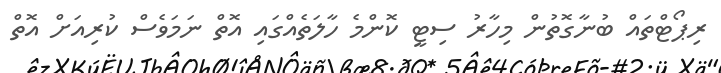
ރިޕޯޓްތައް ބުނާގޮތުން މިހާރު ސިޓީ ކޮންމެ ހާލަތެއްގައި އޮތް ނަމަވެސް ކުރިއަށް އޮތް